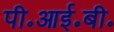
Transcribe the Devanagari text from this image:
पी॰आई॰बी॰